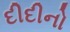
દીદીનો